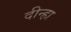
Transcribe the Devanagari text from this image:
दीन्हा